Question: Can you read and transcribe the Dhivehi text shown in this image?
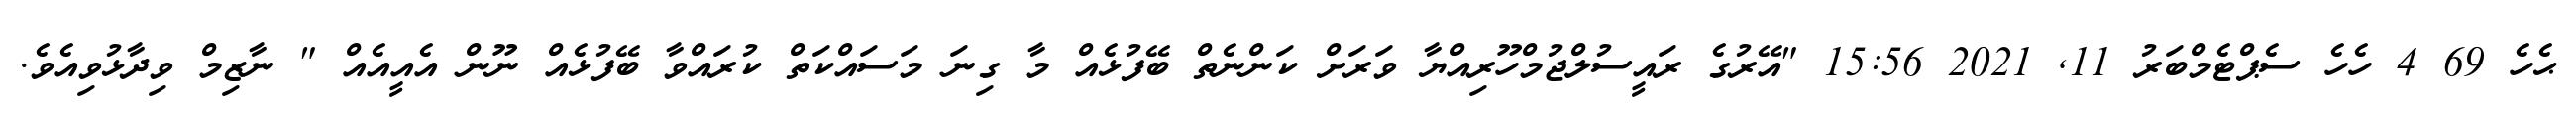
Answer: ޙެހެ 69 4 ހެހެ ސެޕްޓެމްބަރު 11, 2021 15:56 "އޭރުގެ ރައީސުލްޖުމްހޫރިއްޔާ ވަރަށް ކަންނެތް ބޭފުޅެއް މާ ގިނަ މަސައްކަތް ކުރައްވާ ބޭފުޅެއް ނޫން އެއީއެއް " ނާޒިމް ވިދާޅުވިއެވެ.